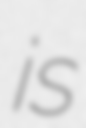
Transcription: is